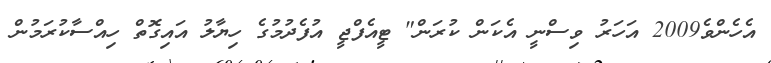
އެހެންވެ2009 އަހަރު ވިސްނީ އެކަން ކުރަން" ޓީއެފްޖީ އުފެދުމުގެ ހިޔާލު އައިގޮތް ހިއްސާކުރަމުން